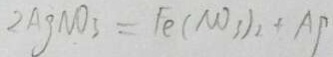
2 A g N O _ { 3 } = F e ( N O _ { 3 } ) _ { 2 } + A P